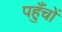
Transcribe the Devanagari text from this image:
पहुँचों